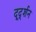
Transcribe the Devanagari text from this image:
दूर्द्शन